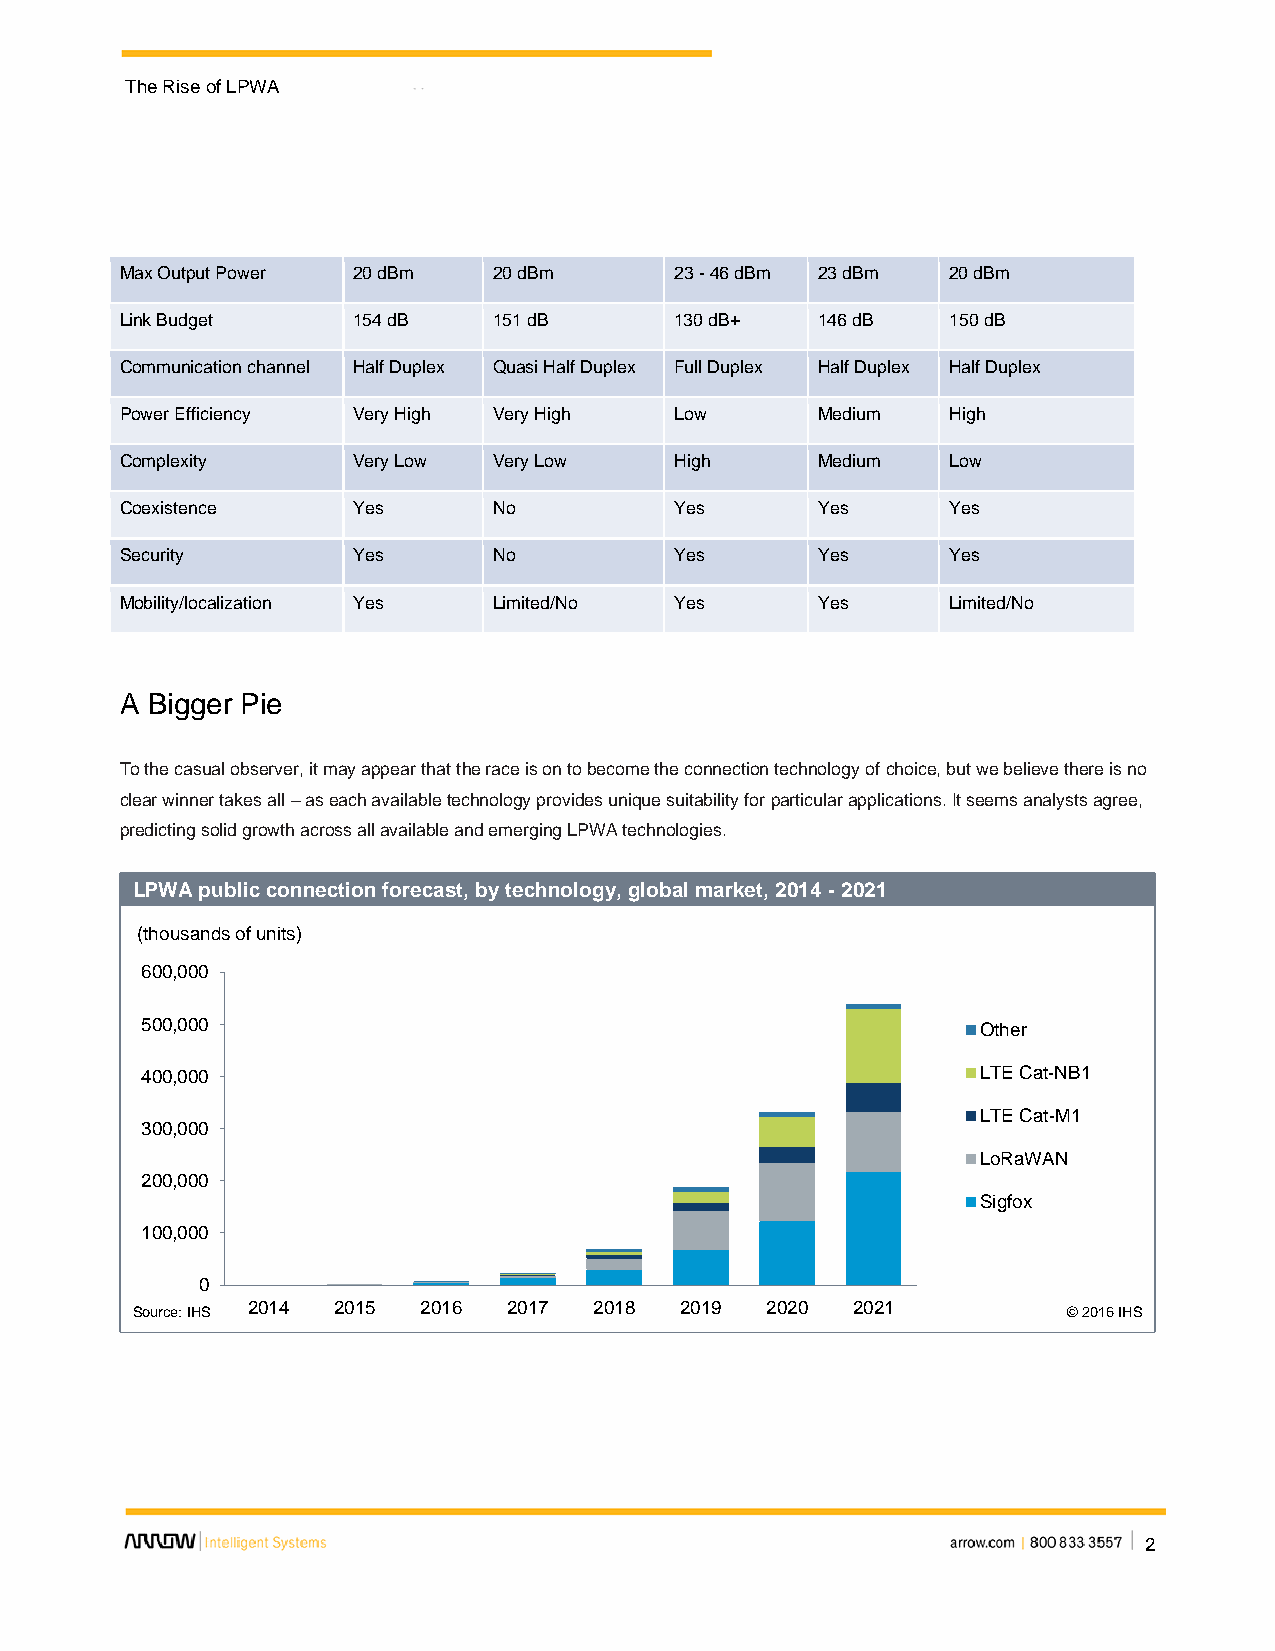
The Rise of LPWA
 Max Output Power 20 dBm  20 dBm      23 - 46 dBm 23 dBm 20 dBm
 Link Budget    154 dB    151 dB      130 dB+  146 dB   150 dB
 Communication channel Half Duplex Quasi Half Duplex Full Duplex Half Duplex Half Duplex
 Power Efficiency Very High Very High Low      Medium   High
 Complexity     Very Low  Very Low    High     Medium   Low
 Coexistence    Yes       No          Yes      Yes      Yes
 Security       Yes       No          Yes      Yes      Yes
 Mobility/localization Yes Limited/No Yes      Yes      Limited/No
 A Bigger Pie
 To the casual observer, it may appear that the race is on to become the connection technology of choice, but we believe there is no
 clear winner takes all – as each available technology provides unique suitability for particular applications. It seems analysts agree,
 predicting solid growth across all available and emerging LPWA technologies.
 LPWA public connection forecast, by technology, global market, 2014 - 2021
 Chart Title
 (thousands of units)
 600,000
 500,000                                                 Other
 400,000                                                 LTE Cat-NB1
 LTE Cat-M1
 300,000
 LoRaWAN
 200,000
 Sigfox
 100,000
 0
 2014  2015  2016  2017 2018  2019  2020 2021
 Source: IHS                                                   © 2016 IHS
 2